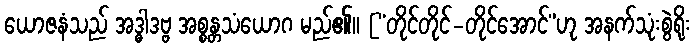
ယောဇနံသည် အဒ္ဓါဒဗ္ဗ အစ္စန္တသံယောဂ မည်၏။ [“တိုင်တိုင်-တိုင်အောင်”ဟု အနက်သုံးစွဲရိုး